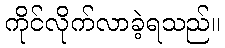
ကိုင်လိုက်လာခဲ့ရသည်။